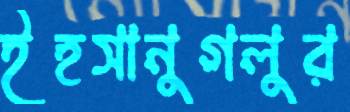
ইহসানুগলুর